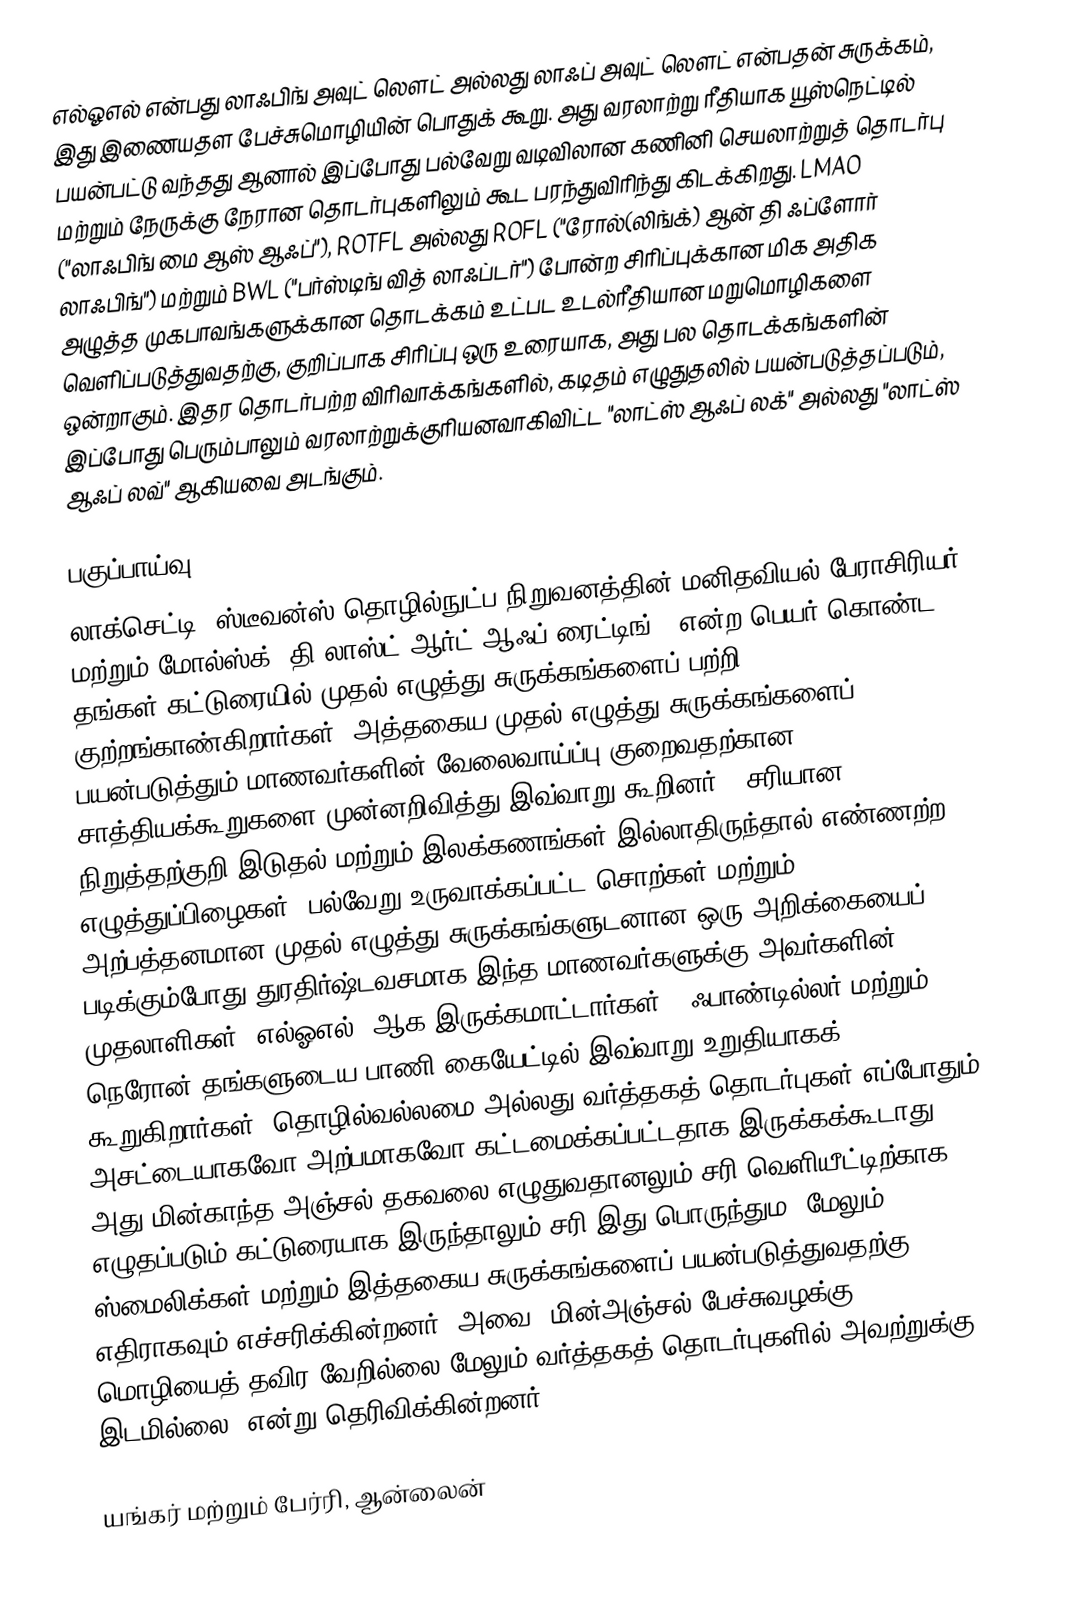
எல்ஓஎல்   என்பது லாஃபிங் அவுட் லௌட்  அல்லது லாஃப் அவுட் லௌட்  என்பதன் சுருக்கம், இது இணையதள பேச்சுமொழியின் பொதுக் கூறு. அது வரலாற்று ரீதியாக யூஸ்நெட்டில் பயன்பட்டு வந்தது ஆனால் இப்போது பல்வேறு வடிவிலான கணினி செயலாற்றுத் தொடர்பு மற்றும் நேருக்கு நேரான தொடர்புகளிலும் கூட பரந்துவிரிந்து கிடக்கிறது. LMAO  ("லாஃபிங் மை ஆஸ் ஆஃப்"), ROTFL  அல்லது ROFL  ("ரோல்(லிங்க்) ஆன் தி ஃப்ளோர் லாஃபிங்") மற்றும் BWL ("பர்ஸ்டிங் வித் லாஃப்டர்") போன்ற சிரிப்புக்கான மிக அதிக அழுத்த முகபாவங்களுக்கான தொடக்கம் உட்பட உடல்ரீதியான மறுமொழிகளை வெளிப்படுத்துவதற்கு, குறிப்பாக சிரிப்பு ஒரு உரையாக, அது பல தொடக்கங்களின் ஒன்றாகும். இதர தொடர்பற்ற விரிவாக்கங்களில், கடிதம் எழுதுதலில் பயன்படுத்தப்படும், இப்போது பெரும்பாலும் வரலாற்றுக்குரியனவாகிவிட்ட "லாட்ஸ் ஆஃப் லக்" அல்லது "லாட்ஸ் ஆஃப் லவ்" ஆகியவை அடங்கும்.

பகுப்பாய்வு
லாக்செட்டி (ஸ்டீவன்ஸ் தொழில்நுட்ப நிறுவனத்தின் மனிதவியல் பேராசிரியர்) மற்றும் மோல்ஸ்க், தி லாஸ்ட் ஆர்ட் ஆஃப் ரைட்டிங் , என்ற பெயர் கொண்ட தங்கள் கட்டுரையில் முதல் எழுத்து சுருக்கங்களைப் பற்றி குற்றங்காண்கிறார்கள், அத்தகைய முதல் எழுத்து சுருக்கங்களைப் பயன்படுத்தும் மாணவர்களின் வேலைவாய்ப்பு குறைவதற்கான சாத்தியக்கூறுகளை முன்னறிவித்து இவ்வாறு கூறினர், "சரியான நிறுத்தற்குறி இடுதல் மற்றும் இலக்கணங்கள் இல்லாதிருந்தால் எண்ணற்ற எழுத்துப்பிழைகள், பல்வேறு உருவாக்கப்பட்ட சொற்கள் மற்றும் அற்பத்தனமான முதல் எழுத்து சுருக்கங்களுடனான ஒரு அறிக்கையைப் படிக்கும்போது துரதிர்ஷ்டவசமாக இந்த மாணவர்களுக்கு அவர்களின் முதலாளிகள் 'எல்ஓஎல்' ஆக இருக்கமாட்டார்கள்." ஃபாண்டில்லர் மற்றும் நெரோன் தங்களுடைய பாணி கையேட்டில் இவ்வாறு உறுதியாகக் கூறுகிறார்கள் "தொழில்வல்லமை அல்லது வர்த்தகத் தொடர்புகள் எப்போதும் அசட்டையாகவோ அற்பமாகவோ கட்டமைக்கப்பட்டதாக இருக்கக்கூடாது" அது மின்காந்த அஞ்சல் தகவலை எழுதுவதானலும் சரி வெளியீட்டிற்காக எழுதப்படும் கட்டுரையாக இருந்தாலும் சரி இது பொருந்தும, மேலும் ஸ்மைலிக்கள் மற்றும் இத்தகைய சுருக்கங்களைப் பயன்படுத்துவதற்கு எதிராகவும் எச்சரிக்கின்றனர், அவை "மின்அஞ்சல் பேச்சுவழக்கு மொழியைத் தவிர வேறில்லை மேலும் வர்த்தகத் தொடர்புகளில் அவற்றுக்கு இடமில்லை" என்று தெரிவிக்கின்றனர்.

யங்கர் மற்றும் பேர்ரி, ஆன்லைன்